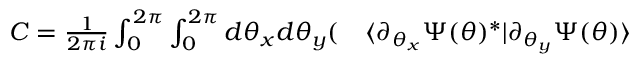
\begin{array} { r l } { C = \frac { 1 } { 2 \pi i } \int _ { 0 } ^ { 2 \pi } \int _ { 0 } ^ { 2 \pi } d \theta _ { x } d \theta _ { y } ( } & { { } \langle \partial _ { \theta _ { x } } \Psi ( \theta ) ^ { * } | \partial _ { \theta _ { y } } \Psi ( \theta ) \rangle } \end{array}